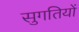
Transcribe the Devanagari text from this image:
सुगतियों